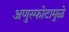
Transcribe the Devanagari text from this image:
अणुस्फोटामुळे